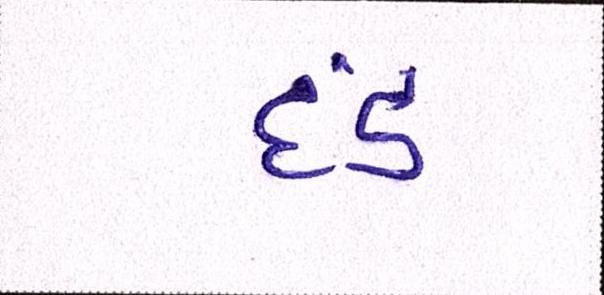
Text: દંડ